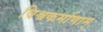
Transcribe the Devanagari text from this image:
विश्वकर्माणाम्